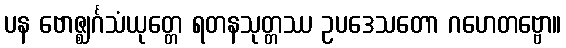
ပန ဗောဇ္ဈင်္ဂသံယုတ္တေ ရတနသုတ္တဿ ဥပဒေသတော ဂဟေတဗ္ဗော။